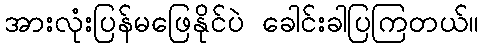
အားလုံးပြန်မဖြေနိုင်ပဲ ခေါင်းခါပြကြတယ်။